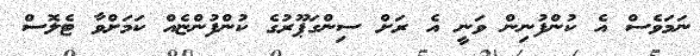
ނަމަވެސް އެ ކުންފުނިން ވަނީ އެ ރަށް ސިންގަޕޫރުގެ ކުންފުންޏެއް ކަމަށްވާ ޓެލޮސް